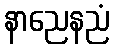
နာညေနညံ